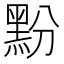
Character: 𮮔